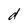
Character: d